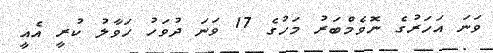
ވަނަ އަހަރުގެ ނޮވެމްބަރު މަހުގެ 17 ވަނަ ދުވަހު ހަވާލު ކުރީ އެއީ